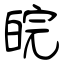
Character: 皖